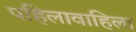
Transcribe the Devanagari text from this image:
पहिलावाहिला